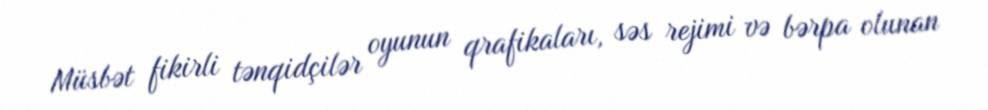
Müsbət fikirli tənqidçilər oyunun qrafikaları, səs rejimi və bərpa olunan